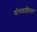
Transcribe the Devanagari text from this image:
योगवाष्ठिसार